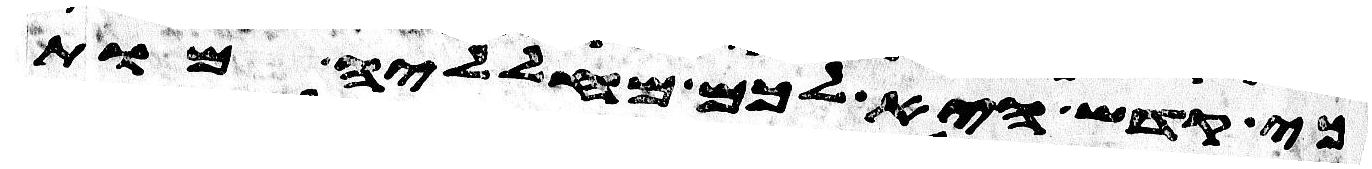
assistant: כי קדש היא לכם מחלליה מות